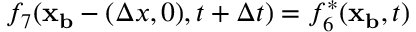
f _ { 7 } ( \mathbf { x _ { b } } - ( \Delta x , 0 ) , t + \Delta t ) = f _ { 6 } ^ { * } ( \mathbf { x _ { b } } , t )